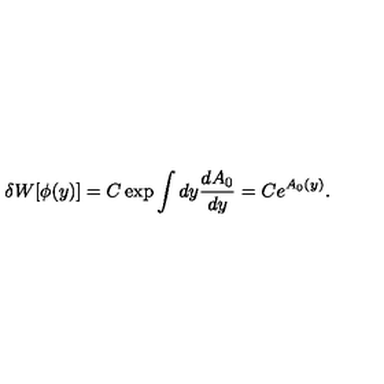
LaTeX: \delta W [ \phi ( y ) ] = C \exp \int d y \frac { d A _ { 0 } } { d y } = C e ^ { A _ { 0 } ( y ) } .